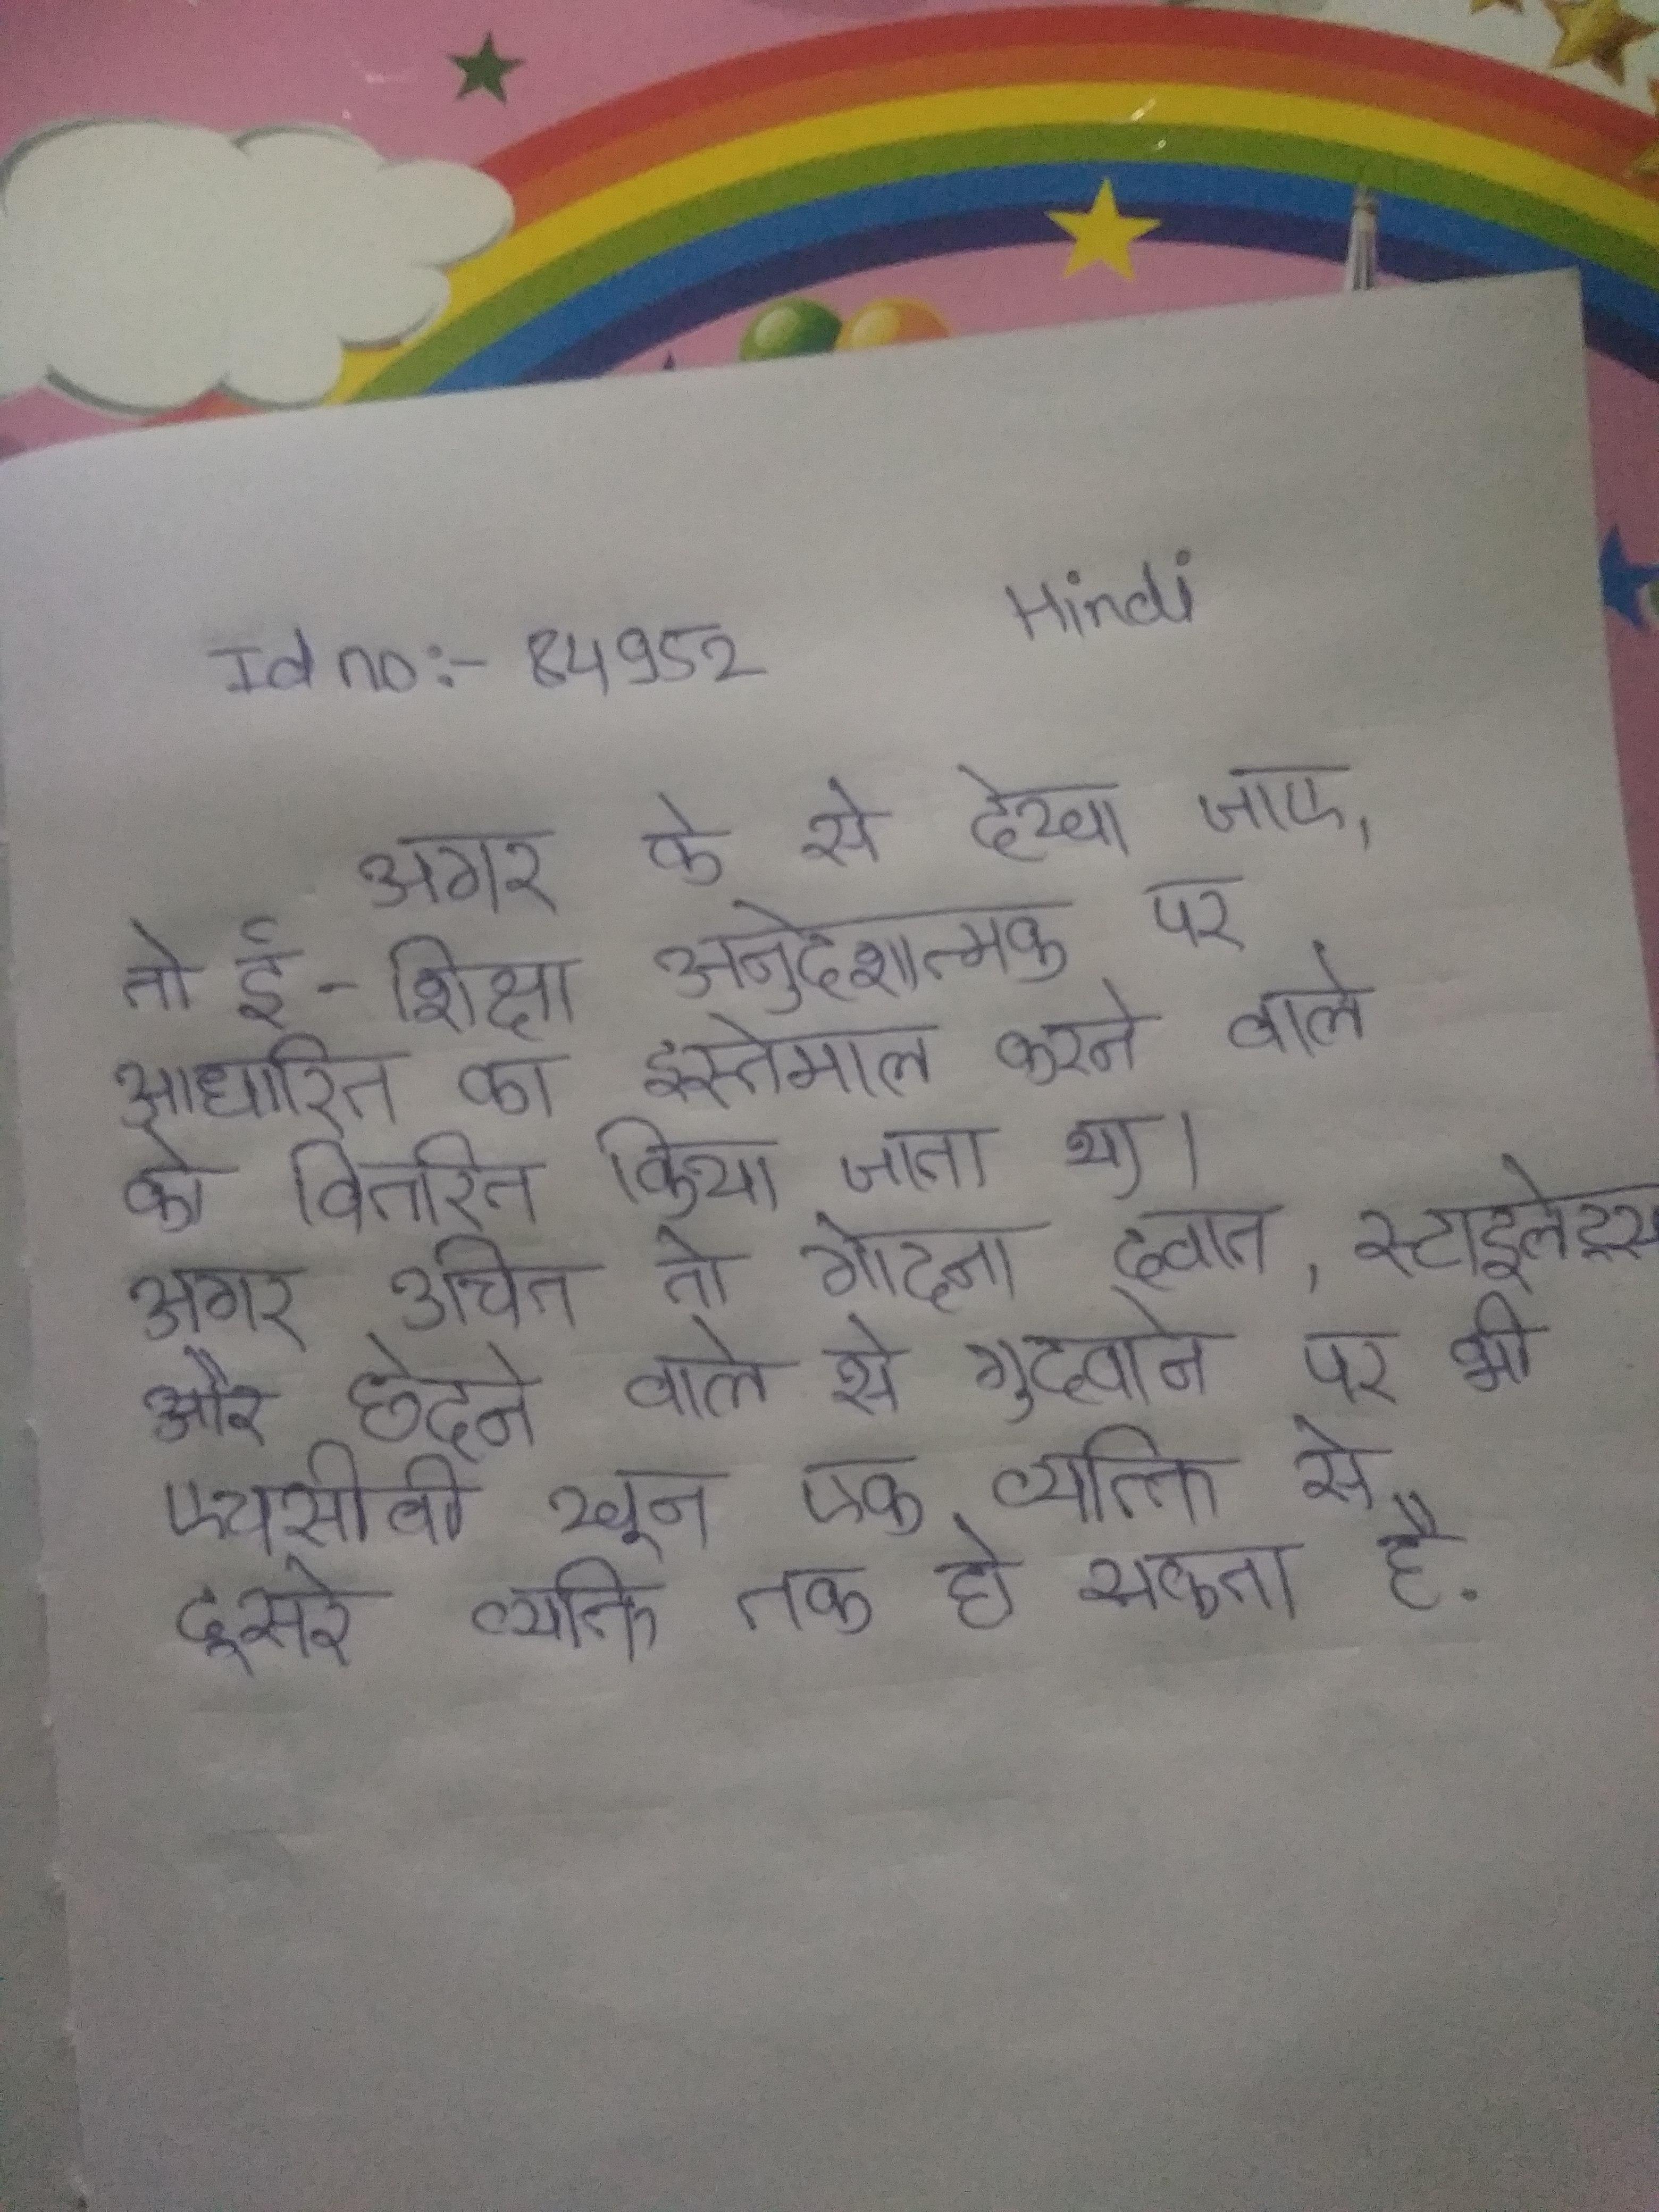
अगर के से देखा जाए, तो ई-शिक्षा अनुदेशात्मक पर आधारित का इस्तेमाल करने वाले को वितरित किया जाता था । अगर उचित का पालन किया गया तो गोदना दवात, स्टाइलेट्स और छेदने वाले से गुदवाने पर भी एचसीवी खून एक व्यक्ति से दूसरे व्यक्ति तक हो सकता है .